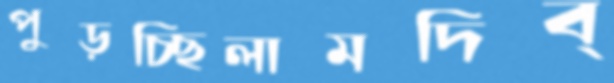
পুড়চ্ছিলামদিব্